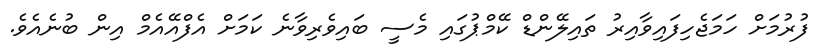
ފުރުމަށް ހަމަޖެހިފައިވާއިރު ތައިލޭންޑް ކޭމްޕުގައި މެސީ ބައިވެރިވާނެ ކަމަށް އެފްއޭއެމް އިން ބުނެއެވެ.